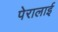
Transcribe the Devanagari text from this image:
पेरालाई